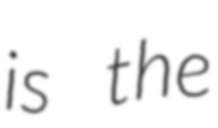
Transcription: is the